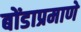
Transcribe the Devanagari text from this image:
बोंडाप्रमाणे